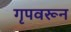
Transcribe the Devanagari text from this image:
गृपवरून